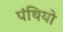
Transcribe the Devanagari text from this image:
पंथियो